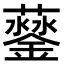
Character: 𨬛